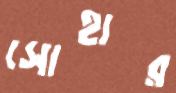
সোহার